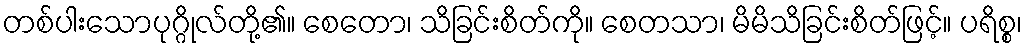
တစ်ပါးသောပုဂ္ဂိုလ်တို့၏။ စေတော၊ သိခြင်းစိတ်ကို။ စေတသာ၊ မိမိသိခြင်းစိတ်ဖြင့်။ ပရိစ္စ၊